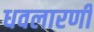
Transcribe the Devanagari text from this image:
धवलारणी